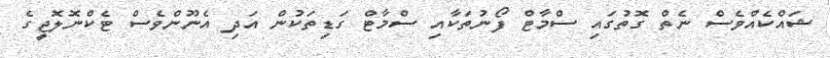
ޝައްކެއްވެސް ނެތް ގޮތުގައި ސްމާޓް ފޯނުތަކާއި ސްމާޓް ގަޑިތަކުން އަދި އެނޫންވެސް ޓެކްނޮލޮޖީގެ